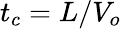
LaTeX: t_{c}=L/V_{o}